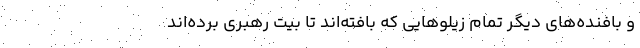
و بافنده‌های دیگر تمام زیلوهایی که بافته‌اند تا بیت رهبری برده‌اند